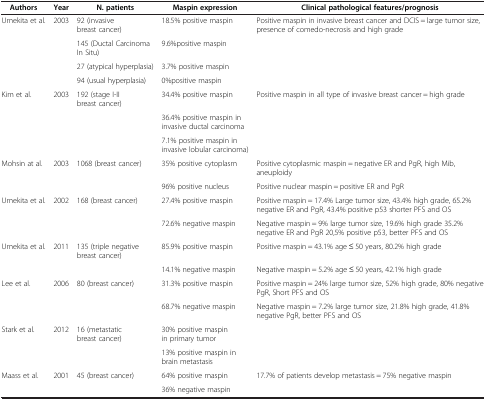
<table><thead><tr><td><b>Authors</b></td><td><b>Year</b></td><td><b>N. patients</b></td><td><b>Maspin expression</b></td><td><b>Clinical pathological features/prognosis</b></td></tr></thead><tbody><tr><td>Umekita et al.</td><td>2003</td><td>92 (invasive breast cancer)</td><td>18.5% positive maspin</td><td>Positive maspin in invasive breast cancer and DCIS = large tumor size, presence of comedo-necrosis and high grade</td></tr><tr><td>[EMPTY_CELL]</td><td>[EMPTY_CELL]</td><td>145 (Ductal Carcinoma In Situ)</td><td>9.6%positive maspin</td><td>[EMPTY_CELL]</td></tr><tr><td>[EMPTY_CELL]</td><td>[EMPTY_CELL]</td><td>27 (atypical hyperplasia)</td><td>3.7% positive maspin</td><td>[EMPTY_CELL]</td></tr><tr><td>[EMPTY_CELL]</td><td>[EMPTY_CELL]</td><td>94 (usual hyperplasia)</td><td>0%positive maspin</td><td>[EMPTY_CELL]</td></tr><tr><td>Kim et al.</td><td>2003</td><td>192 (stage I-II breast cancer)</td><td>34.4% positive maspin</td><td>Positive maspin in all type of invasive breast cancer = high grade</td></tr><tr><td>[EMPTY_CELL]</td><td>[EMPTY_CELL]</td><td>[EMPTY_CELL]</td><td>36.4% positive maspin in invasive ductal carcinoma</td><td>[EMPTY_CELL]</td></tr><tr><td>[EMPTY_CELL]</td><td>[EMPTY_CELL]</td><td>[EMPTY_CELL]</td><td>7.1% positive maspin in invasive lobular carcinoma)</td><td>[EMPTY_CELL]</td></tr><tr><td>Mohsin at al.</td><td>2003</td><td>1068 (breast cancer)</td><td>35% positive cytoplasm</td><td>Positive cytoplasmic maspin = negative ER and PgR, high Mib, aneuploidy</td></tr><tr><td>[EMPTY_CELL]</td><td>[EMPTY_CELL]</td><td>[EMPTY_CELL]</td><td>96% positive nucleus</td><td>Positive nuclear maspin = positive ER and PgR</td></tr><tr><td>Umekita et al.</td><td>2002</td><td>168 (breast cancer)</td><td>27.4% positive maspin</td><td>Positive maspin = 17.4% Large tumor size, 43.4% high grade, 65.2% negative ER and PgR, 43.4% positive p53 shorter PFS and OS</td></tr><tr><td>[EMPTY_CELL]</td><td>[EMPTY_CELL]</td><td>[EMPTY_CELL]</td><td>72.6% negative maspin</td><td>Negative maspin = 9% large tumor size, 19.6% high grade 35.2% negative ER and PgR 20,5% positive p53, better PFS and OS</td></tr><tr><td>Umekita et al.</td><td>2011</td><td>135 (triple negative breast cancer)</td><td>85.9% positive maspin</td><td>Positive maspin = 43.1% age ≤ 50 years, 80.2% high grade</td></tr><tr><td>[EMPTY_CELL]</td><td>[EMPTY_CELL]</td><td>[EMPTY_CELL]</td><td>14.1% negative maspin</td><td>Negative maspin = 5.2% age ≤ 50 years, 42.1% high grade</td></tr><tr><td>Lee et al.</td><td>2006</td><td>80 (breast cancer)</td><td>31.3% positive maspin</td><td>Positive maspin = 24% large tumor size, 52% high grade, 80% negative PgR, Short PFS and OS</td></tr><tr><td>[EMPTY_CELL]</td><td>[EMPTY_CELL]</td><td>[EMPTY_CELL]</td><td>68.7% negative maspin</td><td>Negative maspin = 7.2% large tumor size, 21.8% high grade, 41.8% negative PgR, better PFS and OS</td></tr><tr><td>Stark et al.</td><td>2012</td><td>16 (metastatic breast cancer)</td><td>30% positive maspin in primary tumor</td><td>[EMPTY_CELL]</td></tr><tr><td>[EMPTY_CELL]</td><td>[EMPTY_CELL]</td><td>[EMPTY_CELL]</td><td>13% positive maspin in brain metastasis</td><td>[EMPTY_CELL]</td></tr><tr><td>Maass et al.</td><td>2001</td><td>45 (breast cancer)</td><td>64% positive maspin</td><td>17.7% of patients develop metastasis = 75% negative maspin</td></tr><tr><td>[EMPTY_CELL]</td><td>[EMPTY_CELL]</td><td>[EMPTY_CELL]</td><td>36% negative maspin</td><td>[EMPTY_CELL]</td></tr></tbody></table>